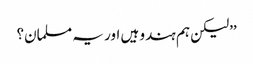
’’لیکن ہم ہندو ہیں اور یہ مسلمان؟